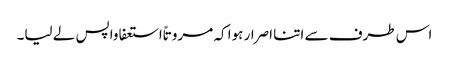
اس طرف سے اتنا اصرار ہوا کہ مروتاً استعفا واپس لے لیا۔